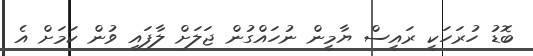
ބޮޑު ހުރަހަކީ ރައީސް ޔާމީން ނުހައްގުން ޖަލަށް ލާފައި ވުން ކަމަށް އެ